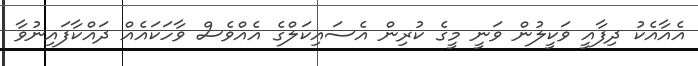
އެއާއެކު ދިފާއީ ވަކީލުން ވަނީ މީގެ ކުރިން އެސައިކަލްގެ އެއްވެސް ވާހަކައެއް ދައްކާފައިނުވާ